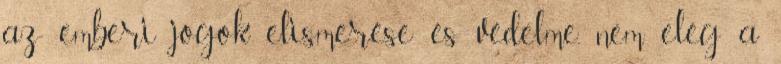
az emberi jogok elismerése és védelme, nem elég a